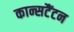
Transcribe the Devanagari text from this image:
कान्सटैंटन